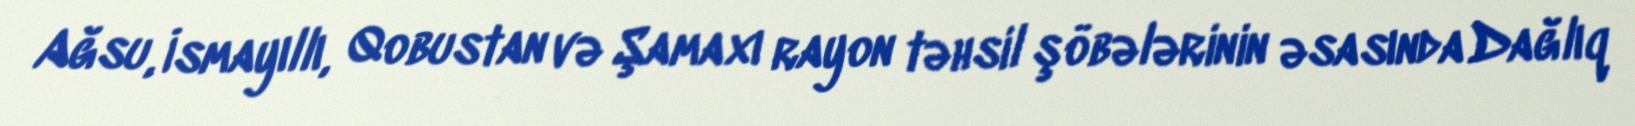
Ağsu, İsmayıllı, Qobustan və Şamaxı rayon təhsil şöbələrinin əsasında Dağlıq